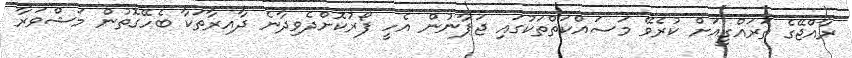
ރާއްޖޭގެ ތަރަަައްގީއަށް ކުރެވޭ މަސައްކަތްތަކުގައި ޖަޕާނުން އެހީ ފޯރުކޮށްދެވިދާނެ ދާއިރާތަކާ ބެހޭގޮތުން މަޝްވަރާ